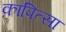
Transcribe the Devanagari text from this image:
कापित्सा